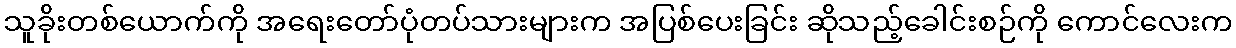
သူခိုးတစ်ယောက်ကို အရေးတော်ပုံတပ်သားများက အပြစ်ပေးခြင်း ဆိုသည့်ခေါင်းစဉ်ကို ကောင်လေးက